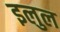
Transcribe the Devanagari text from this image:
इलुल